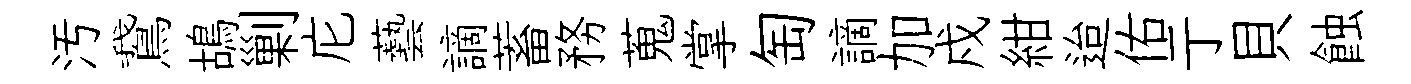
汚鵞鴣剿庀藝謫蓄務蒐掌匋謫加戍紺迨佑亍貝蝕